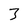
Character: 3